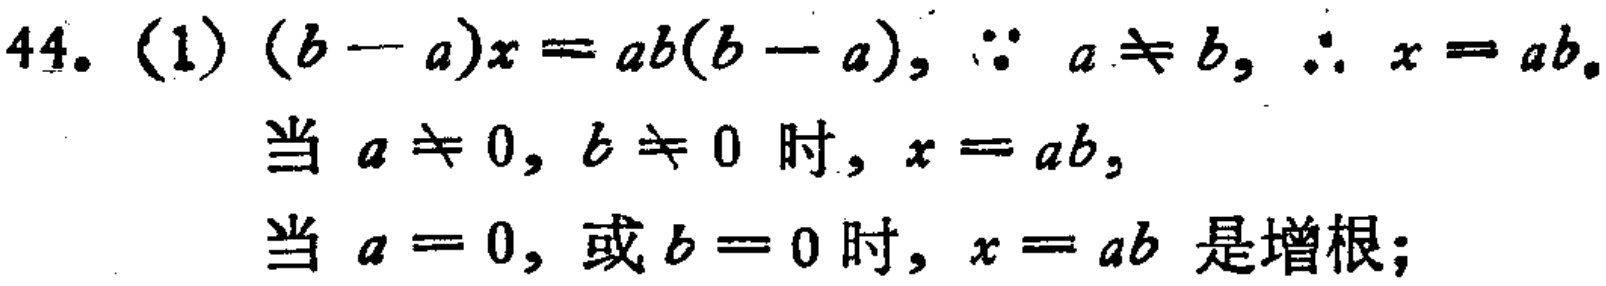
44. (1) \((b - a)x = ab(b - a)\), \(\because a\neq b\), \(\therefore x = ab\).
当 \(a\neq 0\), \(b\neq 0\) 时, \(x = ab\),
当 \(a = 0\), 或 \(b = 0\) 时, \(x = ab\) 是增根;